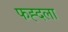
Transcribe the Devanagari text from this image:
फह्दला